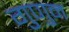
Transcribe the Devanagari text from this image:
गुणुन